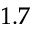
1 . 7